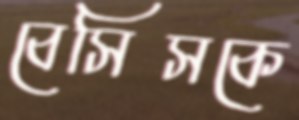
বেসিসকে